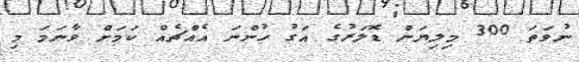
ނުވަތަ 300 މިލިޔަން ޑޮލަރުގެ އަގު ހުންނަ އެއްޗެއް ކަމަށް ވާނަމަ މި